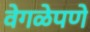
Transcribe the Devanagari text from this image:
वेगळेपणे